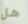
هل